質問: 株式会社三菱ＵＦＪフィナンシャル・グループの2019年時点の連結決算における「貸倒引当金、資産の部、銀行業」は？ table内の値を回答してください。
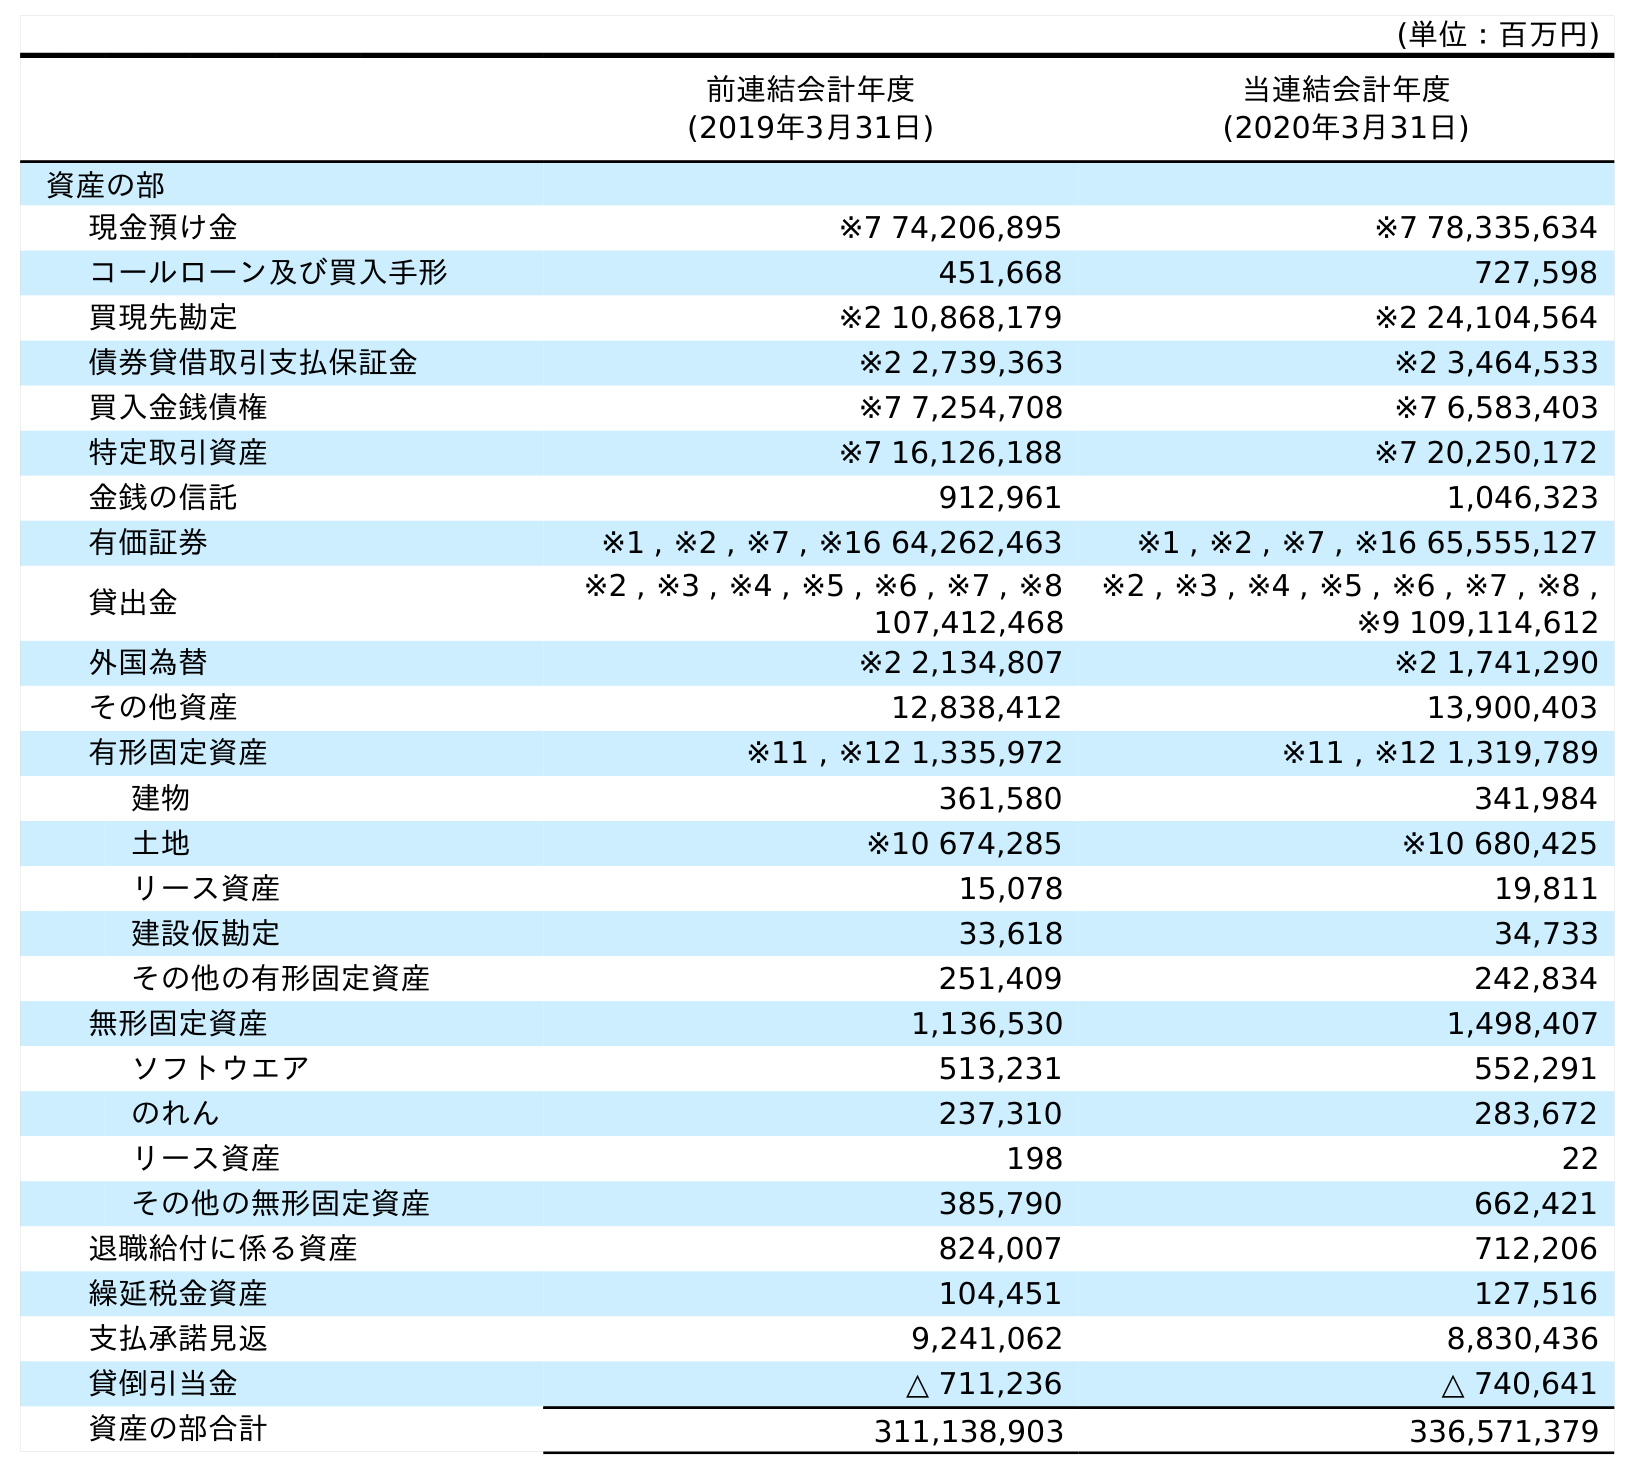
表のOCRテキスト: (単位：百万円) 前連結会計年度 (2019年3月31日) 当連結会計年度 (2020年3月31日) 資産の部 現金預け金 ※7 74,206,895 ※7 78,335,634 コールローン及び買入手形 451,668 727,598 買現先勘定 ※2 10,868,179 ※2 24,104,564 債券貸借取引支払保証金 ※2 2,739,363 ※2 3,464,533 買入金銭債権 ※7 7,254,708 ※7 6,583,403 特定取引資産 ※7 16,126,188 ※7 20,250,172 金銭の信託 912,961 1,046,323 有価証券 ※1 , ※2 , ※7 , ※16 64,262,463 ※1 , ※2 , ※7 , ※16 65,555,127 貸出金 ※2 , ※3 , ※4 , ※5 , ※6 , ※7 , ※8 107,412,468 ※2 , ※3 , ※4 , ※5 , ※6 , ※7 , ※8 , ※9 109,114,612 外国為替 ※2 2,134,807 ※2 1,741,290 その他資産 12,838,412 13,900,403 有形固定資産 ※11 , ※12 1,335,972 ※11 , ※12 1,319,789 建物 361,580 341,984 土地 ※10 674,285 ※10 680,425 リース資産 15,078 19,811 建設仮勘定 33,618 34,733 その他の有形固定資産 251,409 242,834 無形固定資産 1,136,530 1,498,407 ソフトウエア 513,231 552,291 のれん 237,310 283,672 リース資産 198 22 その他の無形固定資産 385,790 662,421 退職給付に係る資産 824,007 712,206 繰延税金資産 104,451 127,516 支払承諾見返 9,241,062 8,830,436 貸倒引当金 △ 711,236 △ 740,641 資産の部合計 311,138,903 336,571,379
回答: △711,236